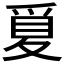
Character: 𪺒